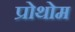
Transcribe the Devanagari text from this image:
प्रोथोम